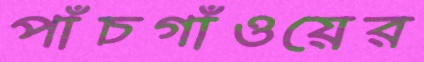
পাঁচগাঁওয়ের